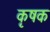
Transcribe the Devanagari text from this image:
कृषक